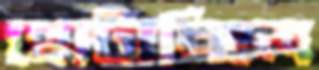
ছোটাচ্ছিল